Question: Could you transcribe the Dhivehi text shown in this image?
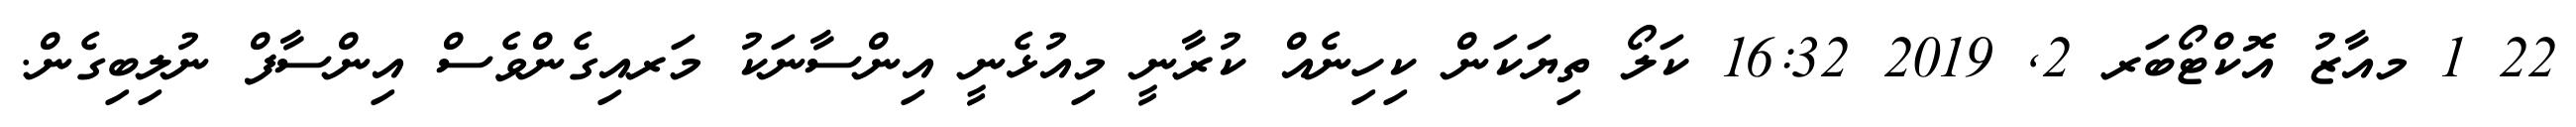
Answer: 22 1 މއާޒު އޮކްޓޯބަރ 2, 2019 16:32 ކަލޯ ތިޔަކަން ކިހިނެއް ކުރާނީ މިއުޅެނީ އިންސާނަކު މަރއިގެންވެސް އިންސާފް ނުލިބިގެން.